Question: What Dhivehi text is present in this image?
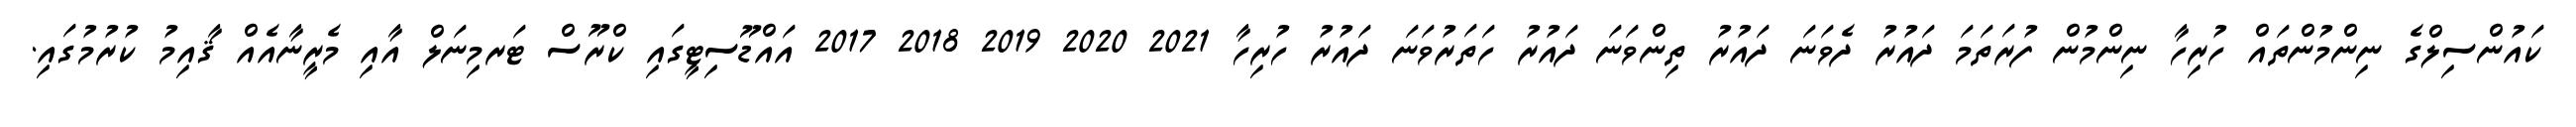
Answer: ކައުންސިލްގެ ނިންމުންތައް ހުރިހާ ނިންމުން ފުރަތަމަ ދައުރު ދެވަނަ ދައުރު ތިންވަނަ ދައުރު ހަތަރުވަނަ ދައުރު ހުރިހާ 2021 2020 2019 2018 2017 އައްޑޫސިޓީގައި ކްރޫސް ޓަރމިނަލް އާއި މެރީނާއެއް ޤާއިމު ކުރުމުގައި.